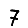
Digit: 7